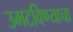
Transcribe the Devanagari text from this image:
उमटविण्याचा